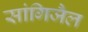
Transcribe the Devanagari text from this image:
सांगिजैल